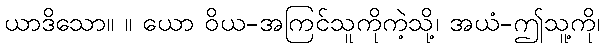
ယာဒိသော။ ။ ယော ဝိယ-အကြင်သူကိုကဲ့သို့၊ အယံ-ဤသူ့ကို၊